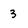
Character: 3